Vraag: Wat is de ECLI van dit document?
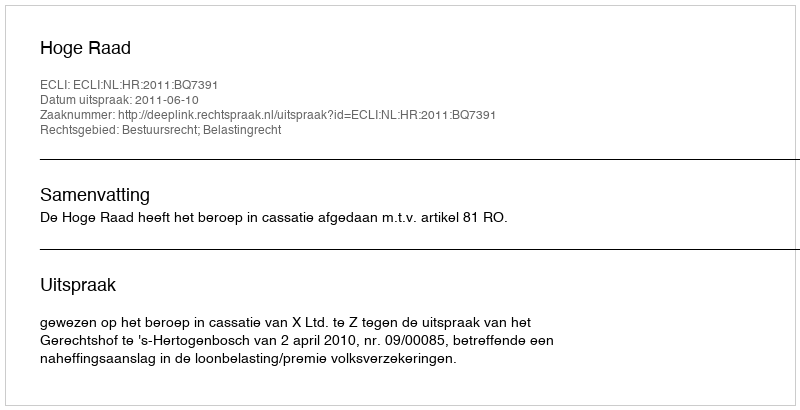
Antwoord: ECLI:NL:HR:2011:BQ7391